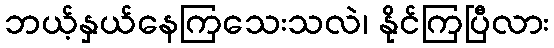
ဘယ့်နှယ်နေကြသေးသလဲ၊ နိုင်ကြပြီလား